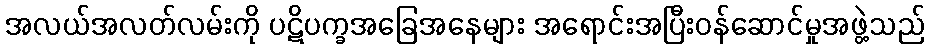
အလယ်အလတ်လမ်းကို ပဋိပက္ခအခြေအနေများ အရောင်းအပြီးဝန်ဆောင်မှုအဖွဲ့သည်